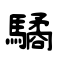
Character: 驈